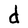
Character: d